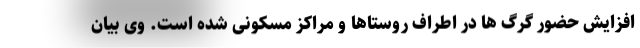
افزایش حضور گرگ ها در اطراف روستاها و مراکز مسکونی شده است. وی بیان